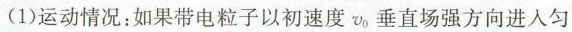
(1)运动情况：如果带电粒子以初速度v。垂直场强方向进入匀